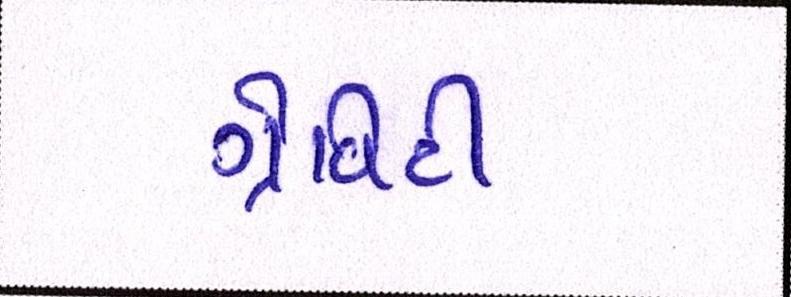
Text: ગ્રેવિટી